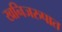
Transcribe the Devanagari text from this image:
खनिजरुपात